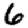
Digit: 6